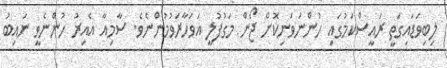
ލިބިވަޑައިގަތީ ރައީސްކަމުގައި ހުންނަވަނިކޮށް ޖޯން މަގުފުލީ އަވަހާރަވުމުންނެވެ. ސާމިއާ އެއިރު ހުންނެވީ ނައިބު